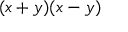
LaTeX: ( x + y ) ( x - y )